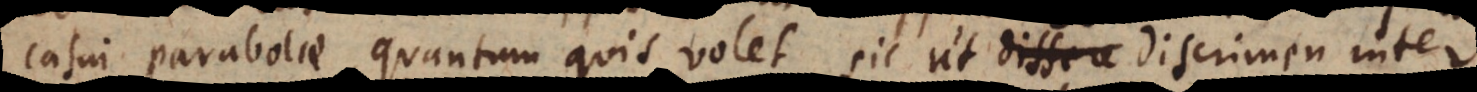
casui Parabolae, quantum quis volet, sic ut discrimen inter